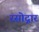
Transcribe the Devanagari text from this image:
रसोद्गार